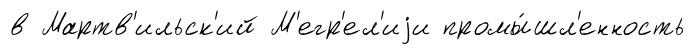
в Мартв'ильск'ий М'егр'ел'иjи промы́шл'енность